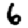
Digit: 6